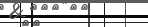
٨٨